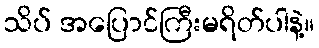
သိပ် အပြောင်ကြီးမရိတ်ပါနဲ့။